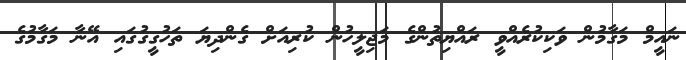
ނައީމް މަގާމުން ވަކިކުރެއްވީ ރައްޔިތުންގެ މަޖިލީހުން ކުރިއަށް ގެންދިޔަ ތަހުގީގުގައި އޭނާ މަގާމުގެ